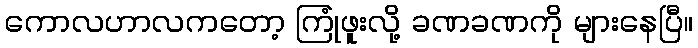
ကောလဟာလကတော့ ကြုံဖူးလို့ ခဏခဏကို များနေပြီ။